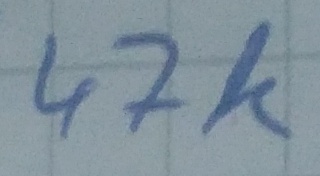
Text: 47k